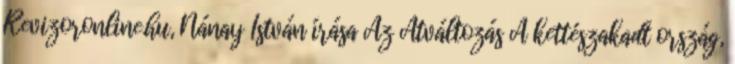
Revizoronline.hu, Nánay István írása Az Átváltozás A kettészakadt ország,